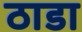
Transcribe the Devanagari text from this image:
ठाडा